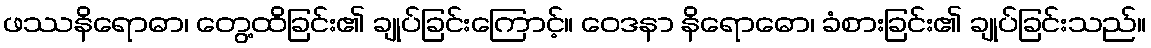
ဖဿနိရောဓာ၊ တွေ့ထိခြင်း၏ ချုပ်ခြင်းကြောင့်။ ဝေဒနာ နိရောဓော၊ ခံစားခြင်း၏ ချုပ်ခြင်းသည်။